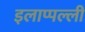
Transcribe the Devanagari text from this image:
इलाप्पल्ली